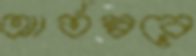
আর্তস্বরে